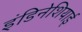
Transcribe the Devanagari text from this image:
इंडिनेशियाई